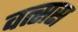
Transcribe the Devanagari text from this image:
वत्सस